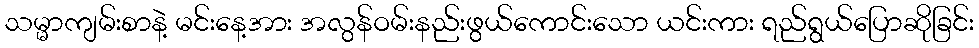
သမ္မာကျမ်းစာနဲ့ မင်းနေ့အား အလွန်ဝမ်းနည်းဖွယ်ကောင်းသော ယင်းကား ရည်ရွယ်ပြောဆိုခြင်း